King Institute of Preventive Medicine Micro-Biological Section reports 1909-11
Year: 1909
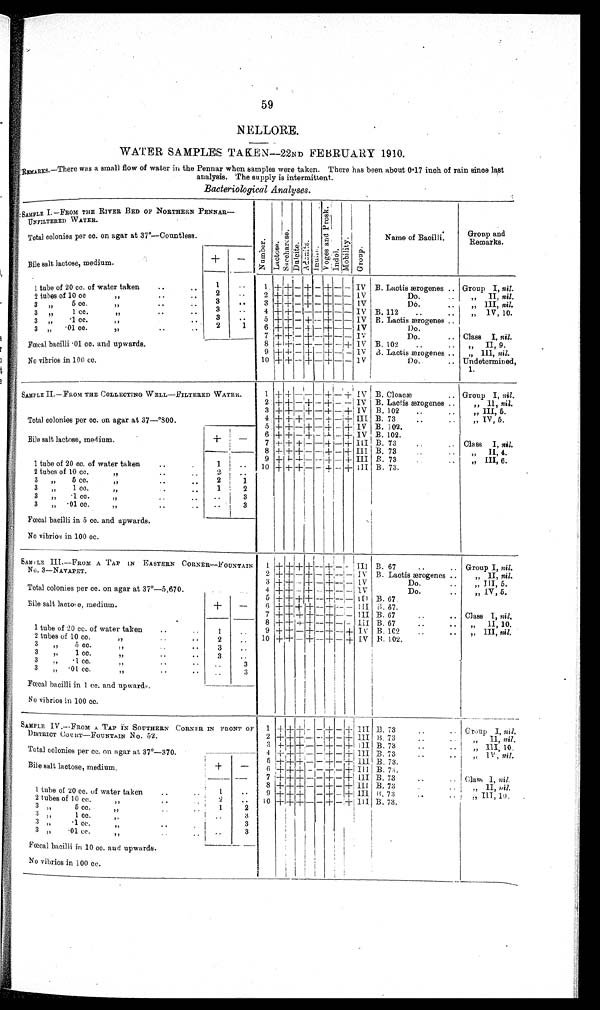
59
NELLORE.
WATER SAMPLES TAKEN—22ND FE BRUARY 1910.
REMARKS.—There was a small flow of water in the Pennar when samples were taken. There has been about 0·17 inch of rain since last
analysis. The supply is intermittent.
Bacteriological Analyses.
SAMPLE I.—FROM THE RIVER BED OF NORTHERN PENNAR
—UNFILTERED WATER.
Number.Lact ose.S a c c h a r o s e . Dul ci te.Adonite.
I n u l i n .
V o g e s a n d P r o s k .
Indol.
M o t i l i t y .
Group.
Name of Bacilli.
Group and
Remarks.
Total colonies per cc. on agar at 37°—Countless.
+
−
Bile salt lactose, medium.
1 tube of 20 cc. of water taken
1
1
+ +
− + −
+
− − IV B. Lactis ærogenes
Group I, nil.
2 t u b e s o f 1 0 c c „
2
2
+ +
− + −
+
− − IV
Do.
„ II, nil .
3 „ 5
cc. „
3
3 + + − + −
+
− − IV
Do.
„ III, nil.
3 „ 1 cc. „
3
4 + + − − −
+
− − IV B. 112
„ IV, 10.
3 „ ·1cc. „
3
5 +
+
− + −
+
− − IV B. Lactic ærogenes
3 „ ·01 cc. „
2
1
6
+ +
−
+
−
+
− − IV
Do.
7
+ +
−
+
−
+
− − IV
Do.
Class I, nil.
Fœcal bacilli ·01 cc. and upwards.
8
+ +
−
+
−
+
−
+
IV B. 102
„ II, 9.
9 +
+
−
+
−
+
− − IV B. Lactis ærogenes
„ III, nil.
No vibrios in 100 cc.
10 +
+
−
+
−
+
−
− IV
Do.
Undetermined,
1.
SAMPLE II.— FROM THE COLLECTING WELL—FILTERED WATER.
1
+ +
− −
−
+
−
+
IV B. Cloacæ
Group I, nil.
2
+ +
−
+
−
+
− − IV B. Lactis ærogenes
„ II, nil.
3
+ +
−
+
−
+
−
+
IV B. 102
„ III, 5.
4
+ + +
− −
+
−
+
III B. 73
,, IV, 5.
Total colonies per cc. on agar at 37—°800.
5
+ +
−
+
−
+
−
+
IV B. 102.
+
−
6
+ +
−
+
−
+
−
+
IV B. 102.
Bile salt lactose, medium.
7
+ + +
− −
+
−
+
III B. 73
Class I, nil.
8
+ + +
− −
+
−
+
III B. 73
„ II, 4.
9
+ + +
− −
+
−
+
III B. 73
„ III, 6.
1 tube of 20 cc. of water taken
1
10
+ + +
− −
+
−
+
III B. 73.
2 tubes of 10 cc. „
2
3 „ 5 cc.
„
2
1
3 „ 1 cc. „
1
2
3 „ ·1 cc. „
3
3 „ ·01 cc. „
3
Fœcal bacilli in 5 cc. and upwards.
No vibrios in 100 cc.
SAMPLE III.—FROM A TAP IN EASTERN CORNER—FOUNTAIN
No. 3—NAVAPET.
1
+ + + +
−
+
− −
III B. 67
Group I, nil.
2
+ +
−
+
−
+
− −
IV B. Lactis ærogenes
„ II, nil.
3
+ +
−
+
−
+
− −
IV
Do.
„ III, 5.
Total colonies per cc. on agar at 37°—5,670.
4
+ +
−
+
−
+
− − IV
Do.
„ IV, 5.
5
+ + + +
−
+
− −
I I I B. 67
Bile salt lactose, medium.
+
−
6
+ + + +
−
+
− −
I I I
B. 67
7
+ + + +
−
+
− −
III B. 67
Class I, nil
8
+ + + +
−
+
− − III B. 67
„ II, 10.
1 tube of 20 cc. of water taken
1
9
+ +
−
+
−
+
−
+
IV B. 162
„ III, nil .
2 tubes of 10 cc. „
2
10
+ +
−
+
−
+
−
+
IV B. 102.
3 „ 5 cc.„
3
3 „ 1 cc. „
3
3 „ ·1 cc. „
3
3 „ ·01 cc. „
3
Fœcal bacilli in 1 cc. and upwards.
No vibrios in 100 cc.
SAMPLE IV.—FROM A TAP IN SOUTHERN CORNER IN FRONT OF
DISTRICT COURT—FOUNTAIN No. 52.
1
+ + +
− −
+
−
+
I I I B. 73
Group I, nil.
2
+ + +
− −
+
−
+
III B. 73
„ II, nil.
3
+ + +
− −
+
−
+
III B. 73
„ III, 10.
Total colonies per cc. on agar at 37°—370.
4
+ + +
− −
+
−
+
I I I
B. 73
„ IV , nil.
5
+ + +
− −
+
−
+
I I I
B. 73.
Bile salt lactose, medium.
+
−
6
+ + +
− −
+
−
+
I I I B. 73.
7
+ + +
− −
+
−
+
III B. 73
Class I, nil.
8
+ + +
− −
+
−
+
I I I B. 73
„ II, nil.
1 tube of 20 cc. of water taken
1
9
+ + +
−
+
−
+
III B. 73
„ III, 10.
2 tubes of 10 cc. „
2
10
+ + +
− −
+
−
+
III B. 73.
3 „ 5 cc. „
1
2
3 „ 1 cc. „
3
3 „ ·1 cc. „
3
3 „ ·01 cc. „
3
Fœcal bacilli in 10 cc. and upwards.
No vibrios in 100 cc.